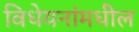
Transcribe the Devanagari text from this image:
विधेयनांमधील